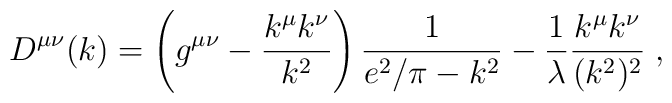
D^{\mu\nu}(k) =  \left(g^{\mu\nu}-  \frac{k^{\mu}k^{\nu}}{k^2}\right)\frac{1}{e^2/\pi-k^2}- \frac{1}{\lambda}\frac{k^{\mu}k^{\nu}}{(k^2)^2}\; ,